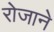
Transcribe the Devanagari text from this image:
रोजाने